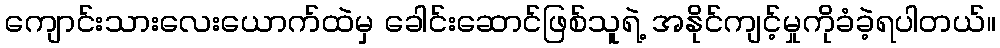
ကျောင်းသားလေးယောက်ထဲမှ ခေါင်းဆောင်ဖြစ်သူရဲ့ အနိုင်ကျင့်မှုကိုခံခဲ့ရပါတယ်။